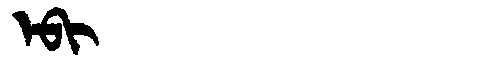
Manchu: ᡝᠪᡳ
Romanization: EBI